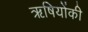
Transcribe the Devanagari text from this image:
ऋषियोंकी